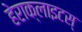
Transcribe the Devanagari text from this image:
हेराक्लाइटस्